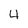
Character: 4